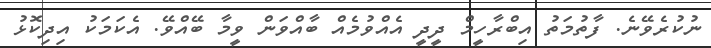
ނުކުރެވޭނެ. ފާތުމަތު އިބްރާހީމް ދީދީ އެއްވުމެއް ބާއްވަން ވީމާ ބޭއްވޭ. އެކަމަކު އިދިކޮޅު